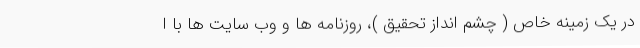
در یک زمینه خاص ( چشم انداز تحقیق )، روزنامه ها و وب سایت ها با ا